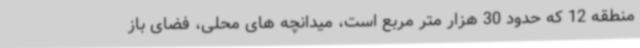
منطقه 12 که حدود 30 هزار متر مربع است، میدانچه های محلی، فضای باز